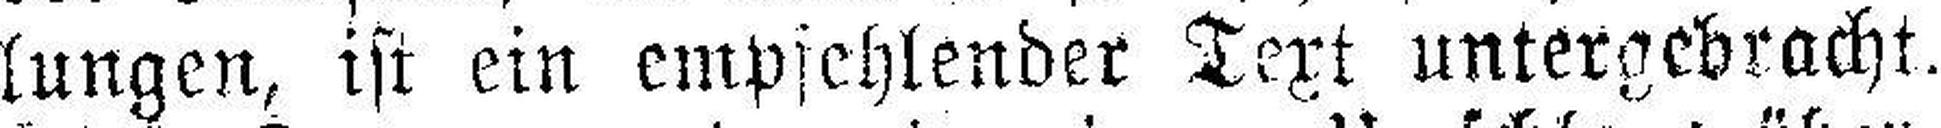
lungen, ist ein empfehlender Text untergebracht.